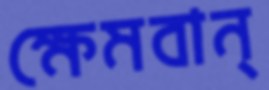
ক্ষেমবান্‌